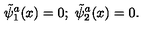
\tilde { \psi } _ { 1 } ^ { a } ( x ) = 0 ; \ \tilde { \psi } _ { 2 } ^ { a } ( x ) = 0 .